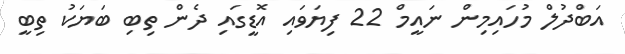
އަބްދުލް މުހައިމިން ނައީމް 22 ފިޔަވައި އޮޑީގައި ދެން ތިބި ބަަޔަކު ތިބީ